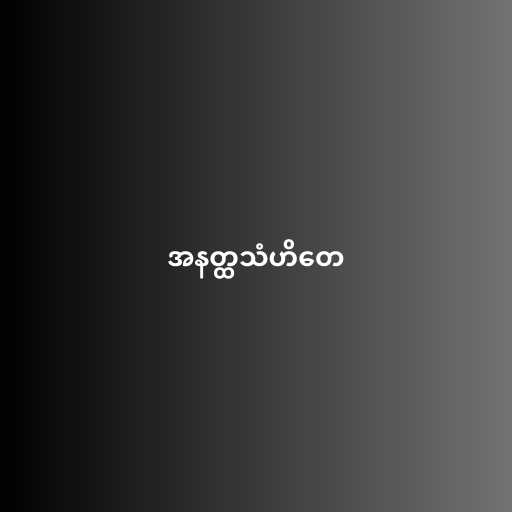
အနတ္ထသံဟိတေ